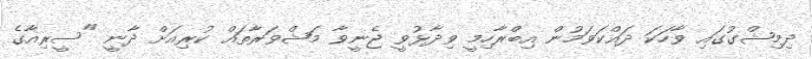
ދިމިޝްގުގައި ވާހަކަ ދައްކަވަމުން އިބްރާހިމީ ވިދާޅުވީ ޖެނީވާ މަޝްވަރާތައް ކުރިއަށް ދާނީ "ސީރިއާގެ